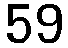
59